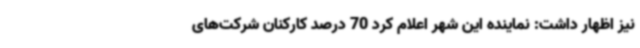
نیز اظهار داشت: نماینده این شهر اعلام کرد 70 درصد کارکنان شرکت‌های